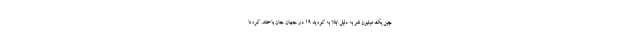
چین یک میلیون نفر به دلیل ابتلا به کووید 19 در جهان جان باختند. کرونا